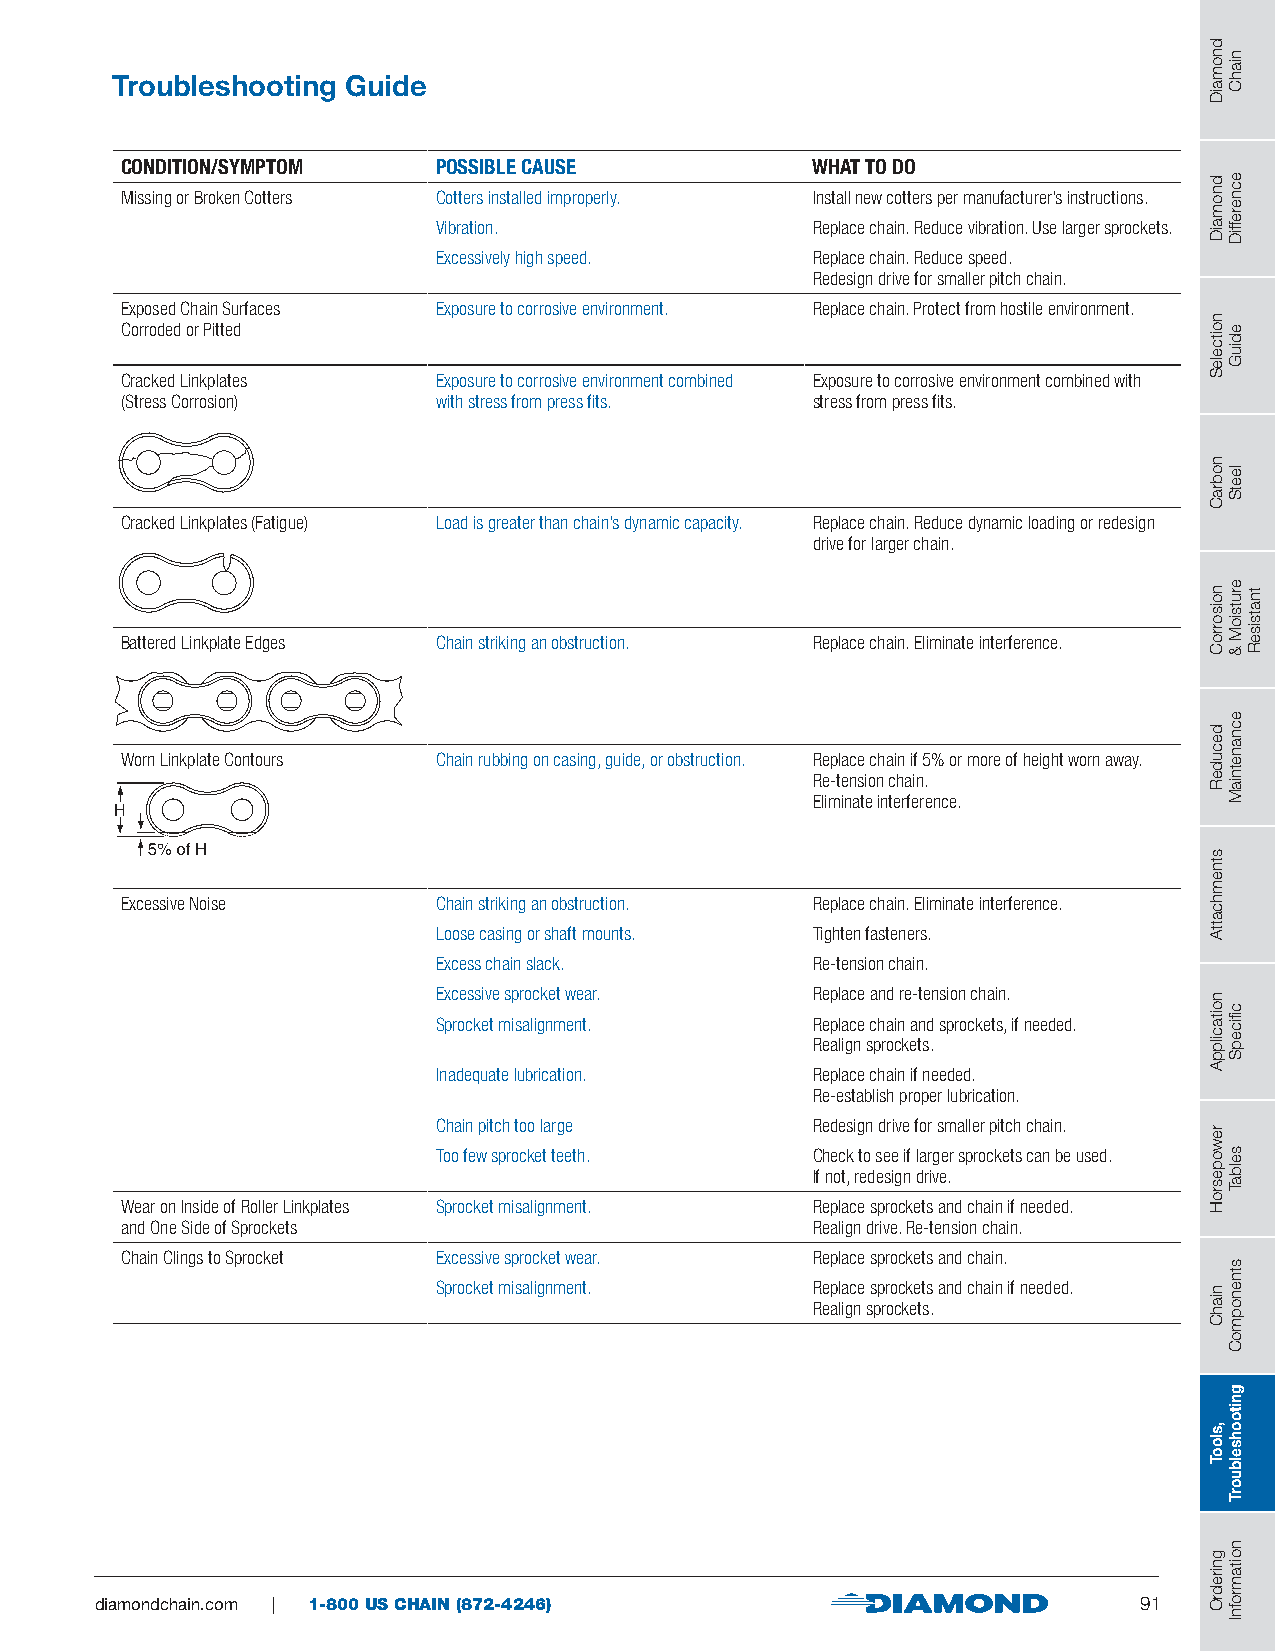
Troubleshooting Guide
 CONDITION/SYMPTOM    POSSIBLE CAUSE           WHAT TO DO
 Missing or Broken Cotters Cotters installed improperly. Install new cotters per manufacturer’s instructions.
 Vibration.               Replace chain. Reduce vibration. Use larger sprockets.
 Excessively high speed.  Replace chain. Reduce speed.
 Redesign drive for smaller pitch chain.
 Exposed Chain Surfaces Exposure to corrosive environment. Replace chain. Protect from hostile environment.
 Corroded or Pitted
 Cracked Linkplates   Exposure to corrosive environment combined Exposure to corrosive environment combined with
 (Stress Corrosion)   with stress from press fits. stress from press fits.
 Cracked Linkplates (Fatigue) Load is greater than chain’s dynamic capacity. Replace chain. Reduce dynamic loading or redesign
 drive for larger chain.
 Battered Linkplate Edges Chain striking an obstruction. Replace chain. Eliminate interference.
 Worn Linkplate Contours Chain rubbing on casing, guide, or obstruction. Replace chain if 5% or more of height worn away.
 Re-tension chain.
 Eliminate interference.
 Excessive Noise      Chain striking an obstruction. Replace chain. Eliminate interference.
 Loose casing or shaft mounts. Tighten fasteners.
 Excess chain slack.      Re-tension chain.
 Excessive sprocket wear. Replace and re-tension chain.
 Sprocket misalignment.   Replace chain and sprockets, if needed.
 Realign sprockets.
 Inadequate lubrication.  Replace chain if needed.
 Re-establish proper lubrication.
 Chain pitch too large    Redesign drive for smaller pitch chain.
 Too few sprocket teeth.  Check to see if larger sprockets can be used.
 If not, redesign drive.
 Wear on Inside of Roller Linkplates Sprocket misalignment. Replace sprockets and chain if needed.
 and One Side of Sprockets                     Realign drive. Re-tension chain.
 Chain Clings to Sprocket Excessive sprocket wear. Replace sprockets and chain.
 Sprocket misalignment.   Replace sprockets and chain if needed.
 Realign sprockets.
 diamondchain.com | 1-800 US CHAIN (872-4246)                         91
 dnomaiD
 dnomaiD
 noitceleS
 nobraC
 noisorroC
 decudeR
 stnemhcattA
 noitacilppA
 rewopesroH
 niahC
 ,slooT
 gniredrO
 niahC
 ecnereffiD
 ediuG
 leetS
 erutsioM
 &
 ecnanetniaM
 cfiicepS
 selbaT
 stnenopmoC
 gnitoohselbuorT
 noitamrofnI
 tnatsiseR